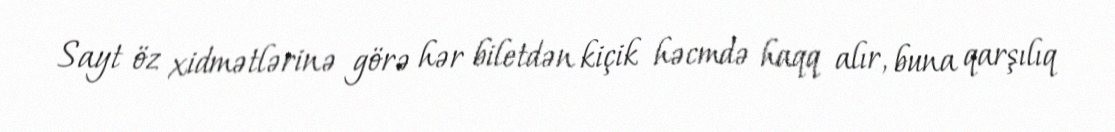
Sayt öz xidmətlərinə görə hər biletdən kiçik həcmdə haqq alır, buna qarşılıq